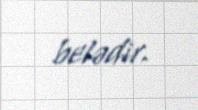
belədir.